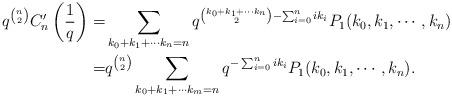
LaTeX: \begin{align*}q^{n\choose 2}C^\prime_n\left(\frac{1}{q}\right)=&\sum_{k_0+k_1+\cdots k_n=n}q^{{k_0+k_1+\cdots k_n\choose 2}-\sum_{i=0}^{n}ik_i}P_1(k_0,k_1,\cdots,k_n)\\ =&q^{n\choose 2}\sum_{k_0+k_1+\cdots k_m=n}q^{-\sum_{i=0}^{n}ik_i}P_1(k_0,k_1,\cdots,k_n).\end{align*}